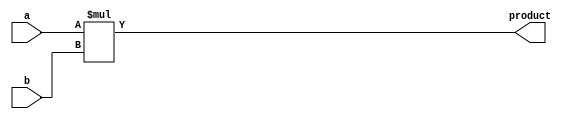

////////////////////////////////////////////////////////////////////////////////

//-----------------------------------------------------------------------------
//
// ABSTRACT:  Unsigned multiplier
//
//
// MODIFIED:
//
//
//------------------------------------------------------------------------------

module DW_mult_uns( a, b, product );


// parameters
parameter a_width = 8;
parameter b_width = 8;


//-----------------------------------------------------------------------------
// ports
input [a_width-1 : 0]	a;
input [b_width-1 : 0]	b;
output [a_width+b_width-1:0]	product;

  assign product = a * b;

endmodule